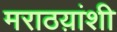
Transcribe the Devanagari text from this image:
मराठय़ांशी